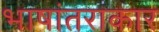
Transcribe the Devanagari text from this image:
भाषांतराकार